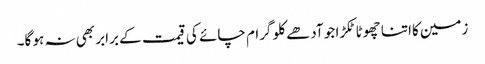
زمین کااتنا چھوٹا ٹکڑا جو آدھے کلو گرام چائے کی قیمت کے برابر بھی نہ ہو گا۔